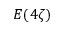
E ( 4 \zeta )